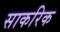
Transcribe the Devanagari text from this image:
साकरिक